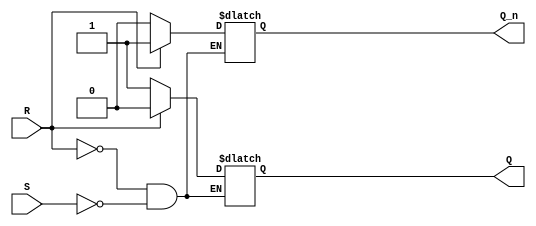
module sr_flipflop(
    input S,
    input R,
    output reg Q,
    output reg Q_n
);

always @ (S or R)
begin
    if (R)
        begin
            Q <= 1'b0;
            Q_n <= 1'b1;
        end
    else if (S)
        begin
            Q <= 1'b1;
            Q_n <= 1'b0;
        end
end

endmodule